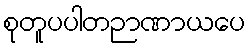
စုတူပပါတဉာဏာယပေ